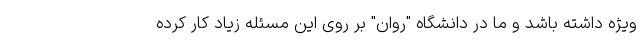
ویژه داشته باشد و ما در دانشگاه "روان" بر روی این مسئله زیاد کار کرده